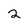
Character: 2